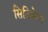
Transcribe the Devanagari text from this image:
सिटिजेन्स